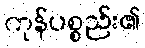
ကုန်ပစ္စည်း၏